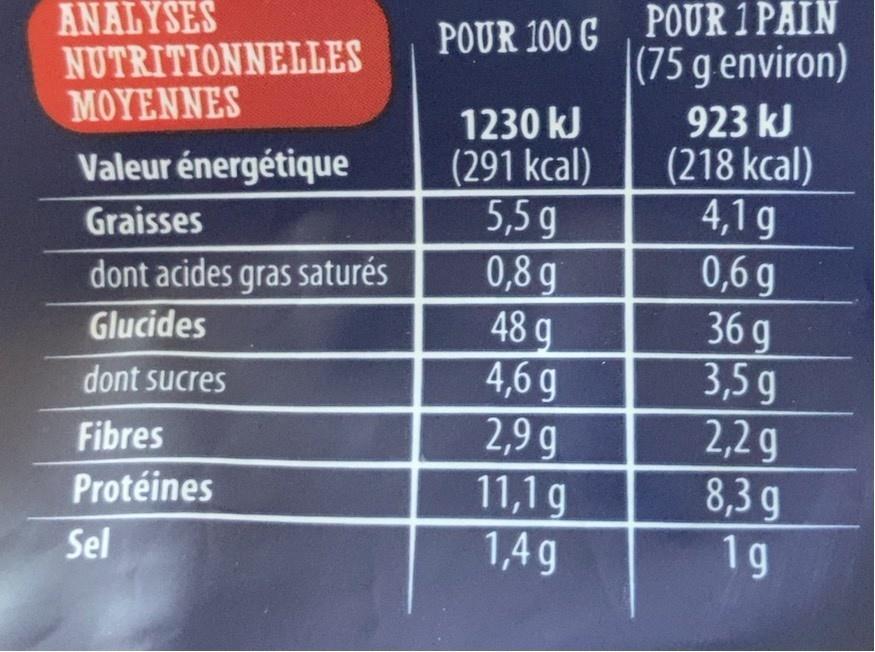
POUR 100 GPOUR 1 PAIN (75 g environ)
ANALYSES
NUTRITIONNELLES ΜΟΥΕΝΝΕS
1230 kJ (291 kcal) 5,5 g 0,8 g 48 g 4,6g 2,9 g 11,1g 1,4 g
923 kJ (218 kcal) 4,1 g 0,6 g 36 g 3,5 g 2,2 g 8,3 g 1g
Valeur énergétique
Graisses
dont acides gras saturés
Glucides
dont sucres
Fibres
Protéines
Sel